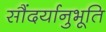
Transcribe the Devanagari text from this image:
सौंदर्यानुभूति